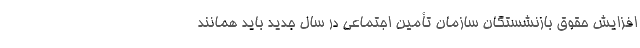
افزایش حقوق بازنشستگان سازمان تأمین اجتماعی در سال جدید باید همانند